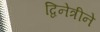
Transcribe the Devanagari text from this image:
द्विनेत्रीने